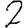
Digit: 2